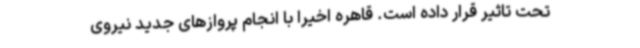
تحت تاثیر قرار داده است. قاهره اخیراً با انجام پروازهای جدید نیروی